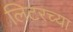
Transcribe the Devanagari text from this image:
लिटरच्या